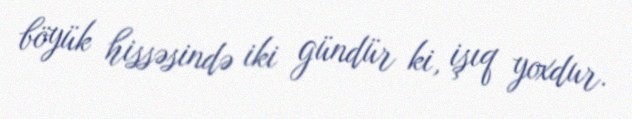
böyük hissəsində iki gündür ki, işıq yoxdur.